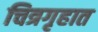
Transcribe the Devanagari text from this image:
चित्रगृहात